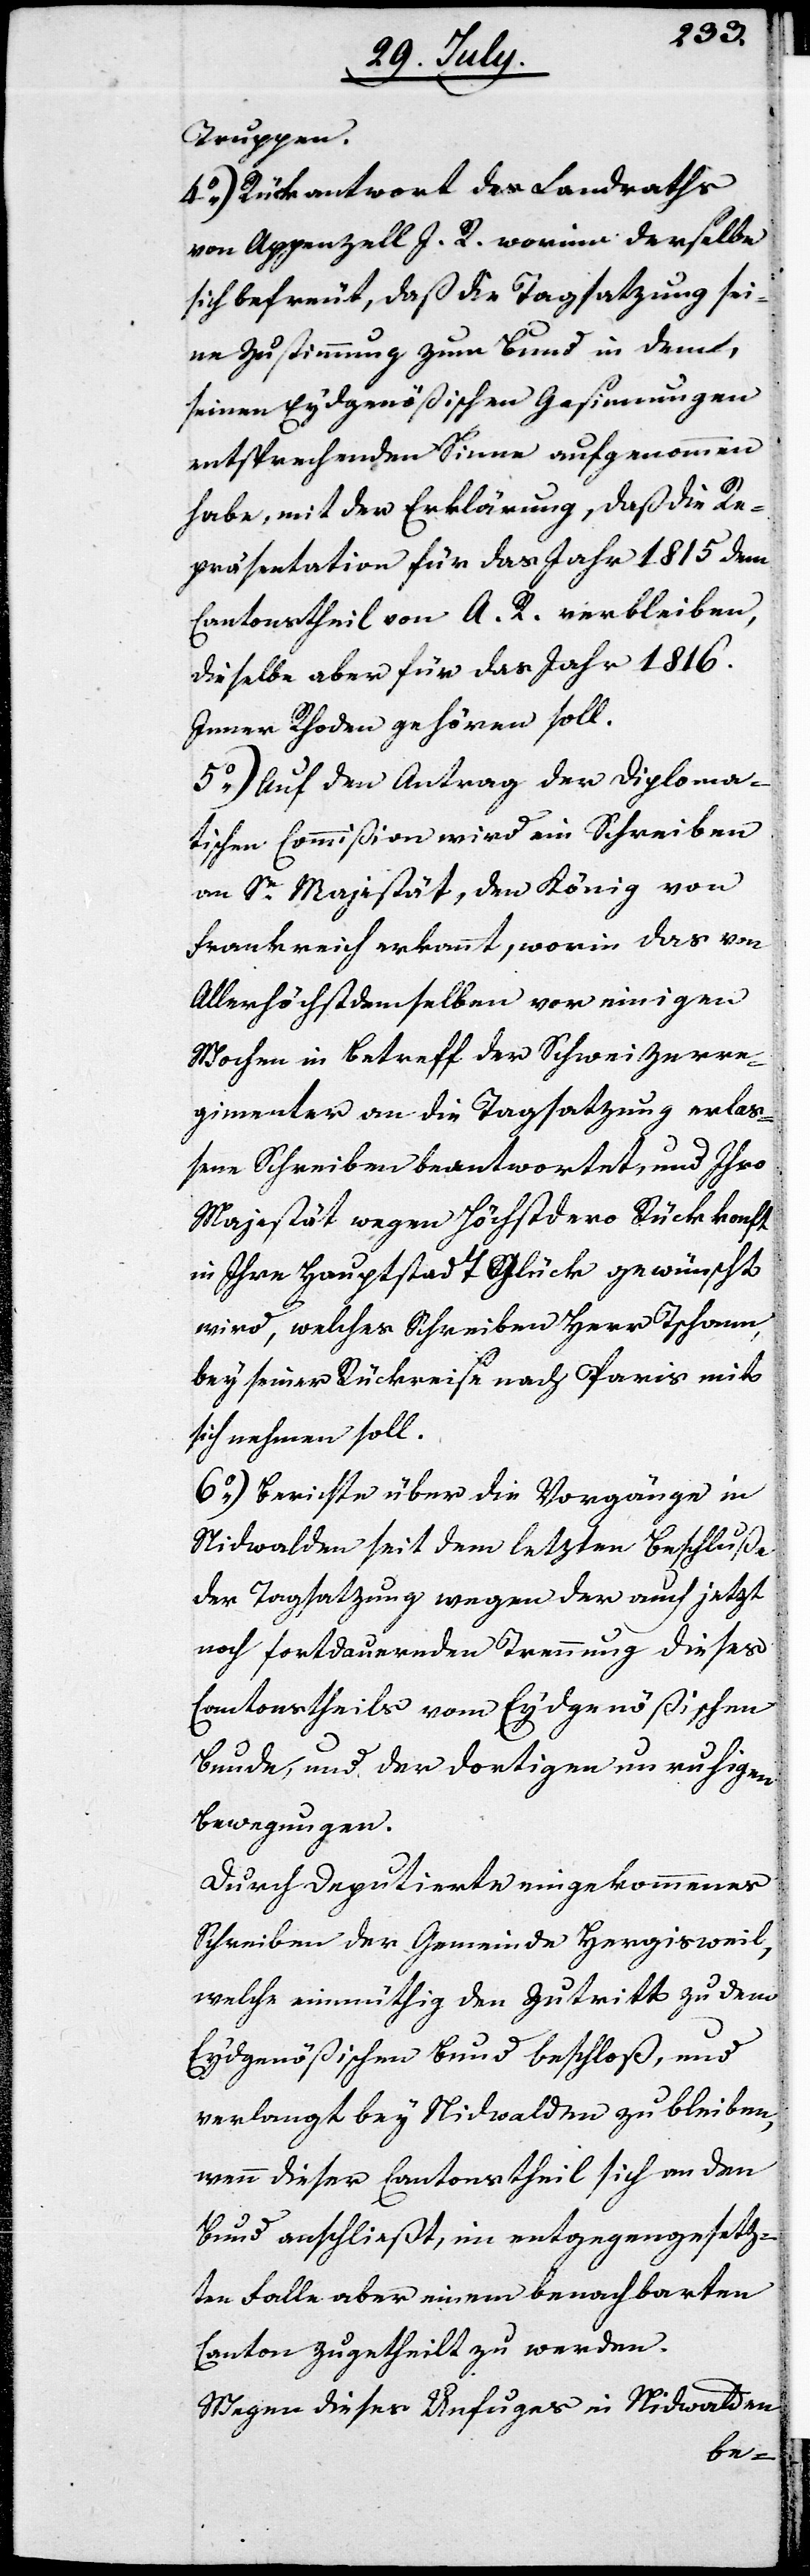
Truppen.
4.) Rückantwort des Landraths
von Appenzell A. I. worinn derselbe
sich befreut, daß die Tagsatzung sei¬
n Zustimmung zum Bund in dem,
seinen Eydgenößischen Gesinnungen
entsprechenden Sinne aufgenommen
habe, mit der Erklärung, daß die Re¬
präsentation für das Jahr 1815. dem
Cantonstheil von A. R. verbleiben,
dieselbe aber für das Jahr 1816.
Inner Rhoden gehören soll.
5.) Auf den Antrag der Diploma¬
tischen Commißion wird ein Schreiben
an Se. Majestät, den König von
Frankreich erkannt, worin das von
Allerhöchstdemselben vor einigen
Wochen in Betreff der Schweizerre¬
gimenter an die Tagsatzung erlaß¬
ene Schreiben beantwortet, und Ihro
Majestät wegen Höchstdero Rückkunft
in Ihre Hauptstadt Glück gewünscht
wird, welches Schreiben Herr Tschann.
bey seiner Rückreise nach Paris mit
sich nehmen soll.
6.) Bericht über die Vorgänge in
Nidwalden seit dem letzten Beschluße
der Tagsatzung wegen der auch jetzt
noch fortdauernden Trennung dieses
Cantonstheils vom Eydgenößischen
Bunde, und der dortigen unruhigen
Bewegungen.
Durch Deputierte eingekommenes
Schreiben der Gemeinde Hergisweil,
welche einmüthig den Zutritt zu dem
Eydgenößischen Bund beschloß, und
verlangt bey Nidwalden zu bleiben,
wenn dieser Cantonstheil sich an den
Bund anschließt, im entgegengesetz¬
ten Fall aber einem benachbarten
Canton zugetheilt zu werden.
Wegen dieses Unfuges in Nidwalden